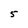
Character: 5